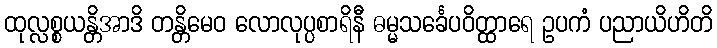
ထုလ္လစ္စယန္တိအာဒိ တန္တိမေဝ လောလုပ္ပစာရိနီ ဓမ္မသင်္ခေပဝိတ္ထာရေ ဥပကံ ပညာယိဟိတိ